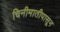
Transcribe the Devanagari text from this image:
चिनीमातीपासून